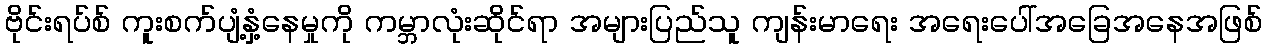
ဗိုင်းရပ်စ် ကူးစက်ပျံ့နှံ့နေမှုကို ကမ္ဘာလုံးဆိုင်ရာ အများပြည်သူ ကျန်းမာရေး အရေးပေါ်အခြေအနေအဖြစ်